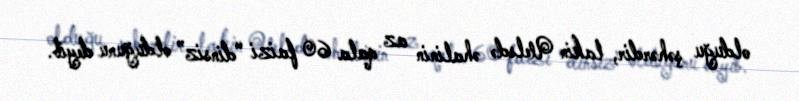
olduğu şəhərdir, lakin Uelsdə əhalinin az qala 60 faizi “dinsiz” olduğunu deyib.